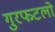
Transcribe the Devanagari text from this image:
गुरफटलो